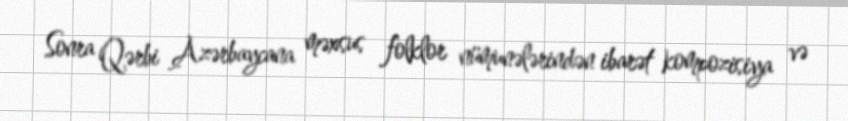
Sonra Qərbi Azərbaycana məxsus folklor nümunələrindən ibarət kompozisiya və